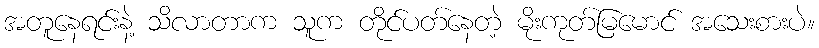
အတူနေရင်းနဲ့ သိလာတာက သူက တိုင်ပတ်နေတဲ့ မိုးကုတ်မြမောင် အသေးစားပဲ။